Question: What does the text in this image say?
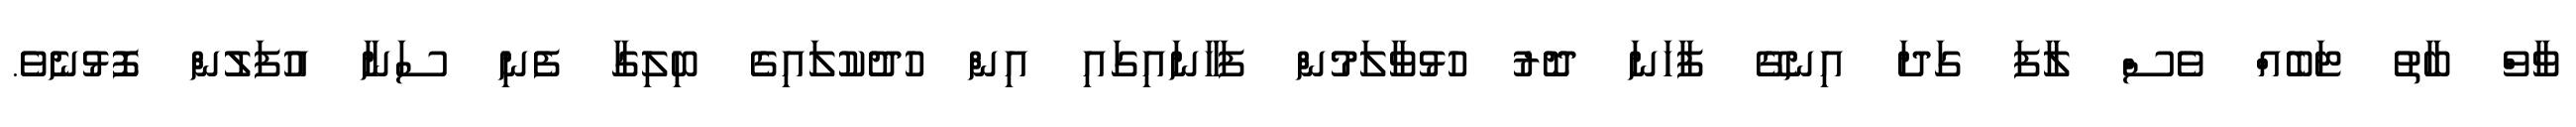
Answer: ވާވް ބާތު ޓަބެއް ވެސް ލާފަ ގަދަ އިނގޭ ފާހަނަ ދޮރު ހުޅުވާލަމުން ފަހާނައިގައި އިން ހުދުކުލައިގެ ބިލިގާ ފެނި ސަނާ އުފަލުން ފޮޅުނެވެ.